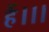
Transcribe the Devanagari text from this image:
हैं।।।